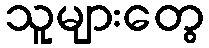
သူများတွေ